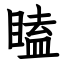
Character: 瞌